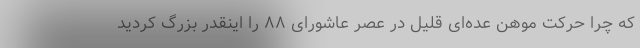
که چرا حرکت موهن عده‌ای قلیل در عصر عاشورای ۸۸ را اینقدر بزرگ کردید